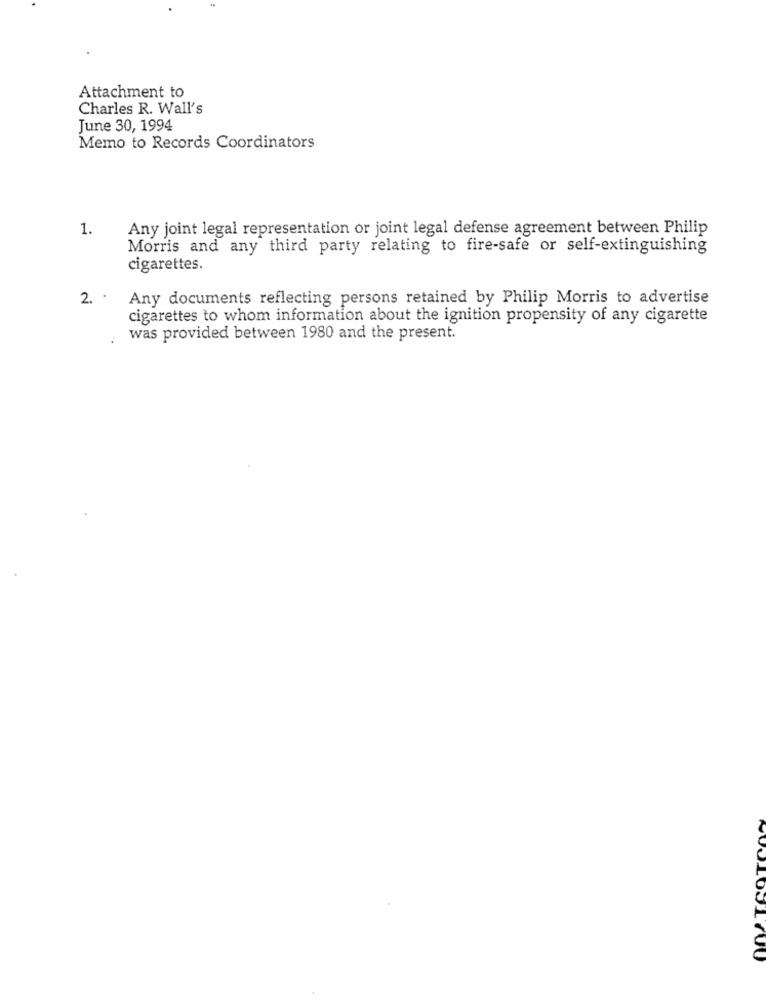
Attachment to
Charles R. Wall's
June 30, 1994
Memo to Records Coordinators
1.
Any joint legal representation or joint legal defense agreement between Philip
Morris and any third party relating to fire-safe or self-extinguishing
cigarettes.
2. .
Any documents reflecting persons retained by Philip Morris to advertise
cigarettes to whom information about the ignition propensity of any cigarette
.
was provided between 1980 and the present.